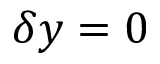
\delta y = 0